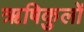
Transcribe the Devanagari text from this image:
ऋषिकुलों